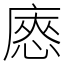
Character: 㥷